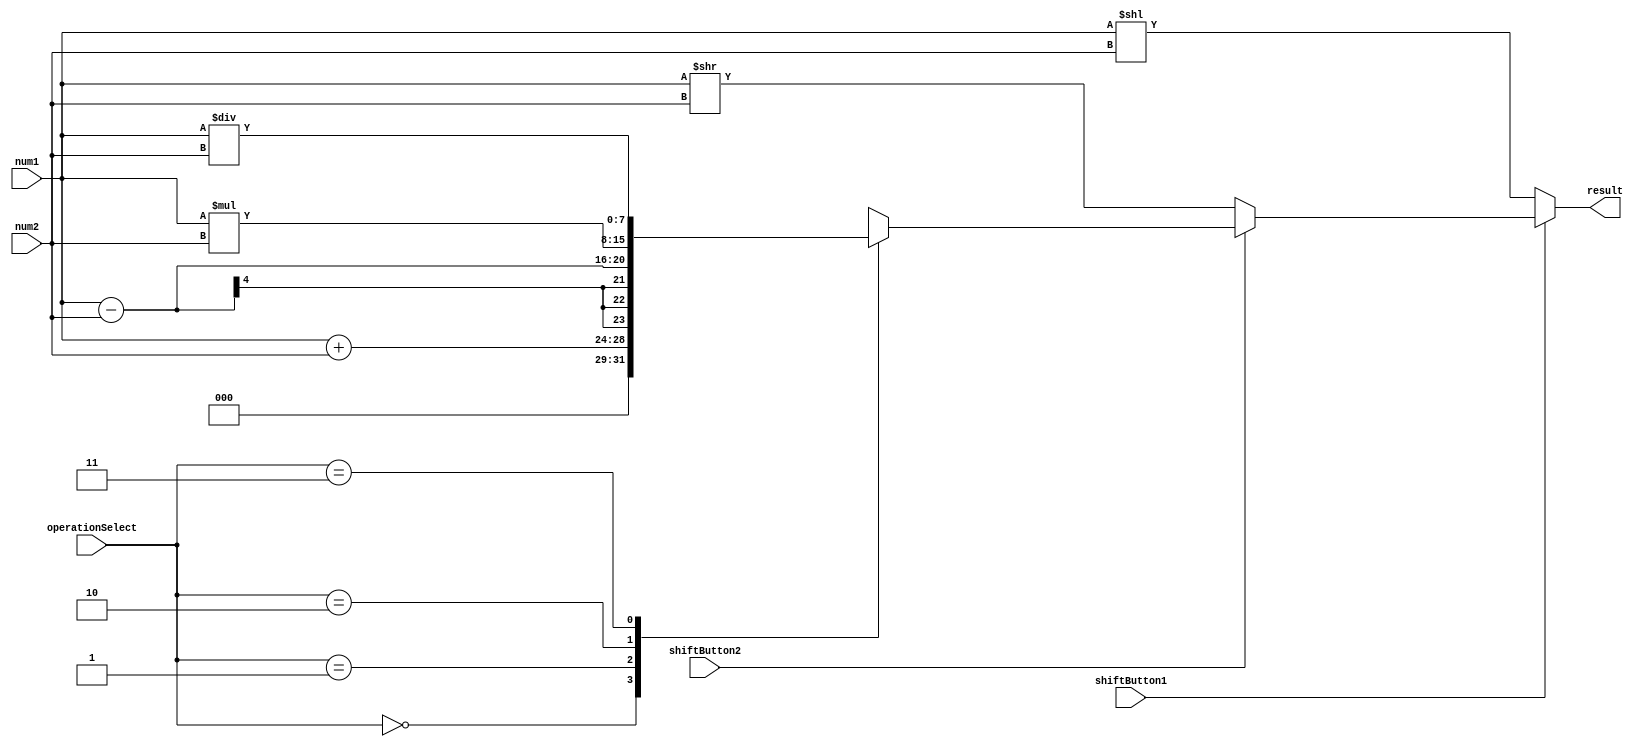
module ALU(
	input  [3:0]     num1, num2,
	input  [1:0]     operationSelect,
	input            shiftButton1, shiftButton2,
	output reg [7:0] result
);

always@(*)
begin
	if(shiftButton1 == 0)
	begin
		result <= num1 << num2;
	end
	
	else if(shiftButton2 == 0)
	begin
		result <= num1 >> num2;
	end
	
	else
	begin
		casex(operationSelect)
			0: // Suma
				result <= num1 + num2;
			
			1: // Resta
				result <= num1 - num2;
			
			2: // Multiplicacion
				result <= num1*num2;

			3: //Division
				result <= num1/num2;
			default:
				result <= 0;
		endcase
	end
	
end


endmodule